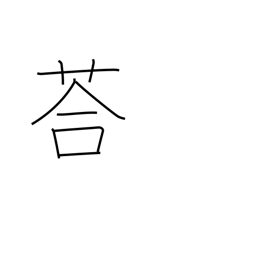
Meaning: adzuki beans